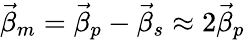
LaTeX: \vec{\beta}_{m}=\vec{\beta}_{p}-\vec{\beta}_{s}\approx 2\vec{\beta}_{p}